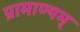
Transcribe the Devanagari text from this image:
प्रामाण्यम्